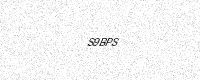
Text: S9BPS